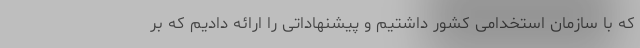
که با سازمان استخدامی کشور داشتیم و پیشنهاداتی را ارائه دادیم که بر